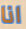
انا